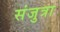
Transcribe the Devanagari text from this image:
संजुत्रा